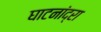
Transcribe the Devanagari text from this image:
घाटनांद्रा